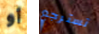
أو تسترجع